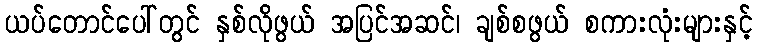
ယပ်တောင်ပေါ်တွင် နှစ်လိုဖွယ် အပြင်အဆင်၊ ချစ်စဖွယ် စကားလုံးများနှင့်